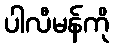
ပါလီမန်ကို